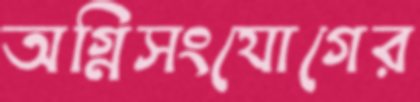
অগ্নিসংযোগের